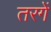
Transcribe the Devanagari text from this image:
तरगें